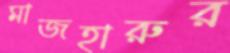
মাজহারুর